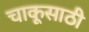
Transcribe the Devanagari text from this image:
चाकूसाठी